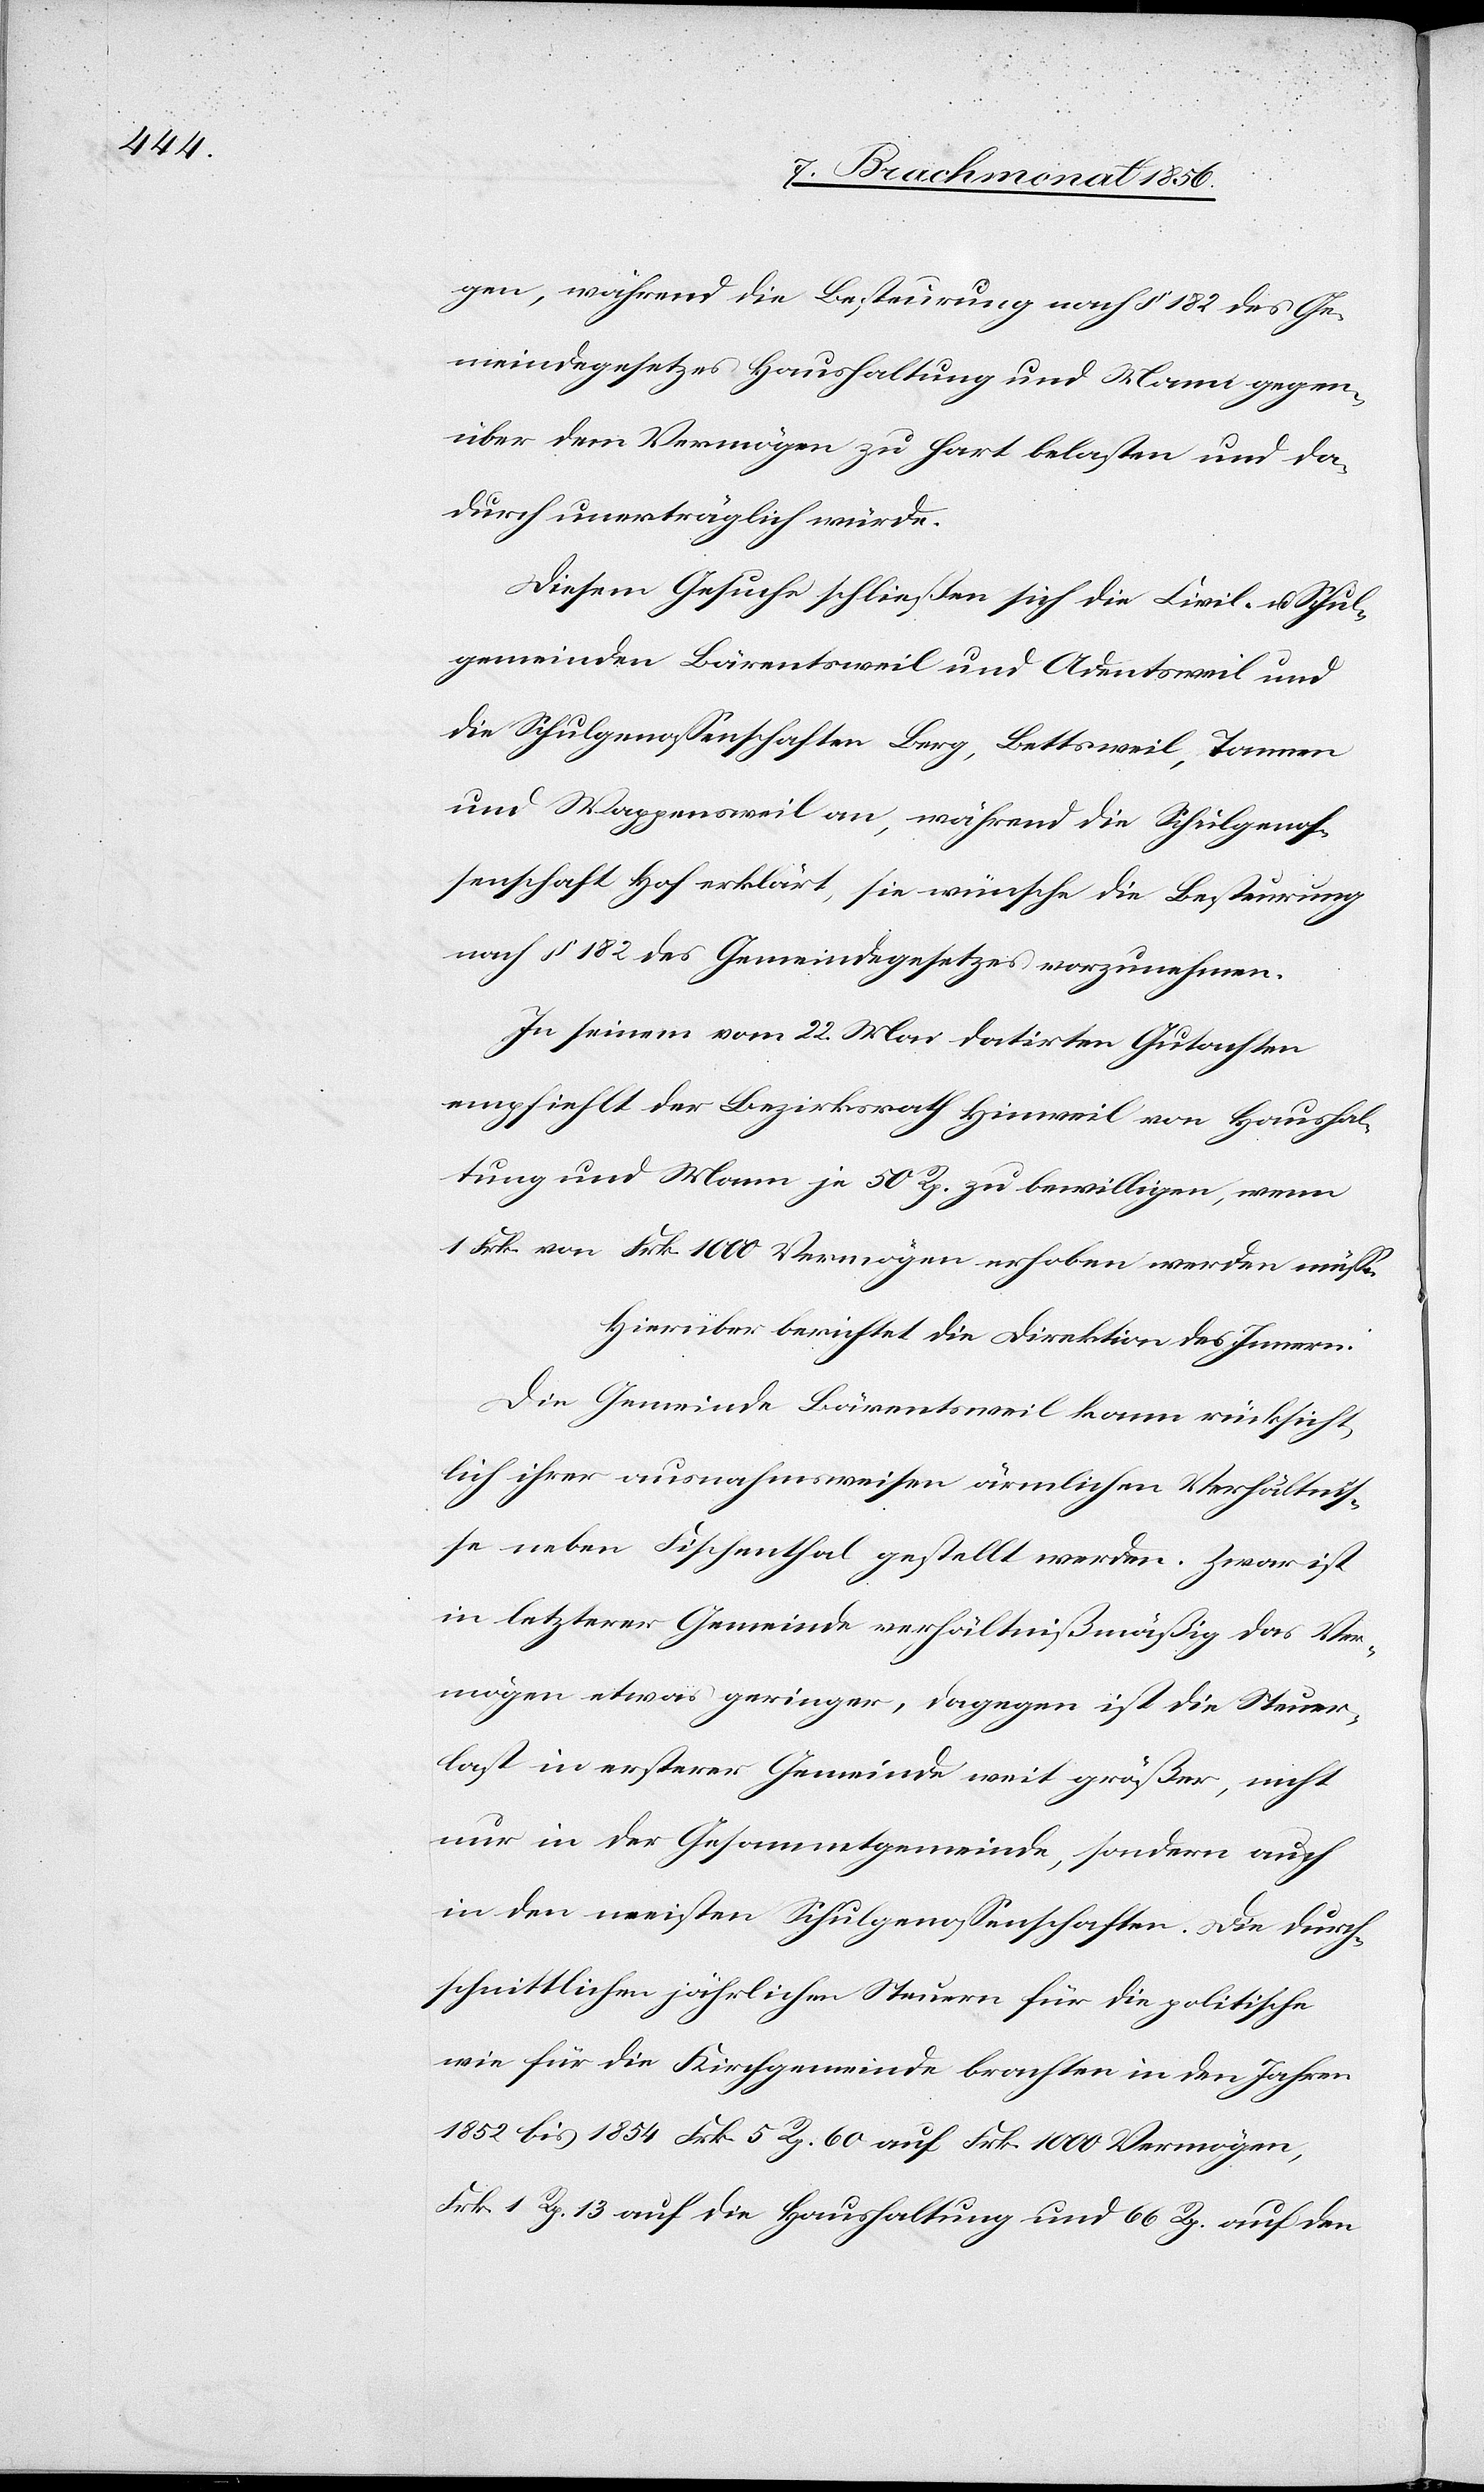
gen, während die Besteurung nach § 182 des Ge¬
meindegesetzes Haushaltung und Mann gegen¬
über dem Vermögen zu hart belasten und da¬
durch unerträglich würde.
Diesem Gesuche schließen sich die Civil- u. Schul¬
gemeinden Bärentsweil und Adentsweil und
die Schulgenossenschaften Berg, Bettsweil, Tannen
und Wappensweil an, während die Schulgenos¬
senschaft Hof erklärt, sie wünsche die Besteurung
nach § 182 des Gemeindegesetzes vorzunehmen.
In seinem vom 22. Mai datirten Gutachten
empfiehlt der Bezirksrath Hinweil von Haushal¬
tung und Mann je 50 Rp. zu bewilligen, wenn
1 Frk. von Frk. 1000 Vermögen erhoben werden müsse.
Hierüber berichtet die Direktion des Innern:
Die Gemeinde Bärentsweil kann rücksicht¬
lich ihrer ausnahmsweisen ärmlichen Verhältnis¬
se neben Fischenthal gestellt werden. Zwar ist
in letzterer Gemeinde verhältnißmäßig das Ver¬
mögen etwas geringer, dagegen ist die Steuer¬
last in ersterer Gemeinde weit größer, nicht
nur in der Gesammtgemeinde, sondern auch
in den meisten Schulgenossenschaften. Die durch¬
schnittlichen jährlichen Steuern für die politische
wie für die Kirchgemeinde brachten in den Jahren
1852 bis 1854 Frk. 5 Rp. 60 auf Frk. 1000 Vermögen,
Frk. 1 Rp. 13 auf die Haushaltung und 66 Rp. auf den